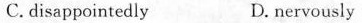
C. disappointedly D. nervously